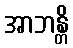
အာဘန္တိ